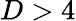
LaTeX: D>4